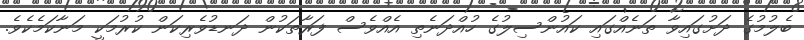
ބެލުމުގެ ދަށުގައިވާ ތަނެއްގައި ކައުންސިލުގެ ހުއްދަނެތި އެއްވެސް ފަރާތަކުން ދަނޑުވެރިކަން ކުރުމަކީ މަނާކަމެކެވެ.